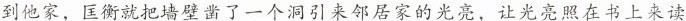
到他家，匡衡就把墙壁凿了一个洞引来邻居家的光亮，让光亮照在书上来读